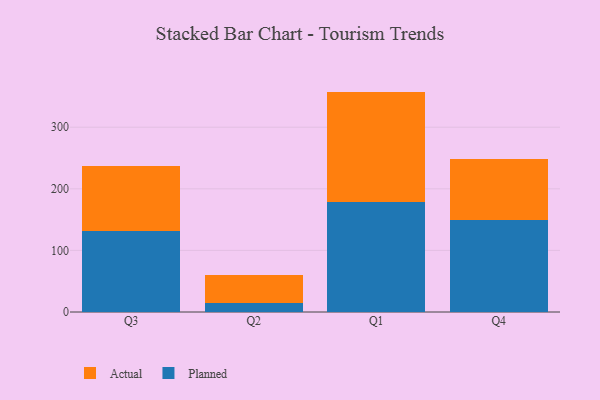
{"axis": {"x": "Quarter", "y": "Headcount"}, "legend": ["Actual", "Planned"], "data": [{"x": "Q3", "y": 131.2, "type": "Planned"}, {"x": "Q3", "y": 106.4, "type": "Actual"}, {"x": "Q2", "y": 15.2, "type": "Planned"}, {"x": "Q2", "y": 44.2, "type": "Actual"}, {"x": "Q1", "y": 178.9, "type": "Planned"}, {"x": "Q1", "y": 178.9, "type": "Actual"}, {"x": "Q4", "y": 148.8, "type": "Planned"}, {"x": "Q4", "y": 99.3, "type": "Actual"}]}